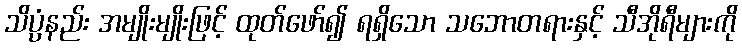
သိပ္ပံနည်း အမျိုးမျိုးဖြင့် ထုတ်ဖော်၍ ရရှိသော သဘောတရားနှင့် သီအိုရီများကို